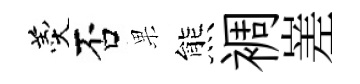
羹否果熊裯嵳